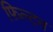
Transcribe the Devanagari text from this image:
फ़िल्टन